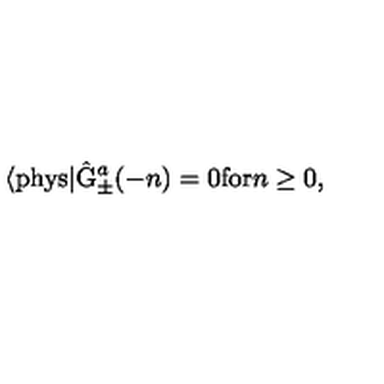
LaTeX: \langle \mathrm { p h y s } | \hat { \mathrm { G } } _ { \pm } ^ { a } ( - n ) = 0 \mathrm { f o r } n \geq 0 ,